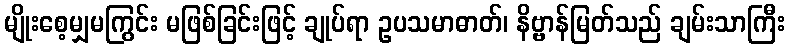
မျိုးစေ့မျှမကြွင်း မဖြစ်ခြင်းဖြင့် ချုပ်ရာ ဥပသမာဓာတ်၊ နိဗ္ဗာန်မြတ်သည် ချမ်းသာကြီး